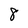
Character: 8